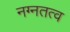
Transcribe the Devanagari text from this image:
नग्नतत्व